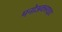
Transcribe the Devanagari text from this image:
मनोअक्‍साइड